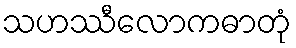
သဟဿီလောကဓာတုံ